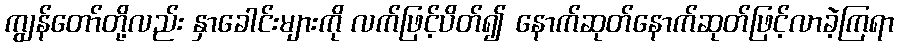
ကျွန်တော်တို့လည်း နှာခေါင်းများကို လက်ဖြင့်ပိတ်၍ နောက်ဆုတ်နောက်ဆုတ်ဖြင့်လာခဲ့ကြရာ